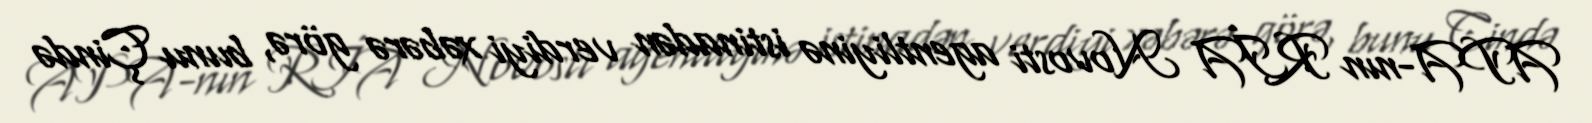
APA-nın RİA Novosti agentliyinə istinadən verdiyi xəbərə görə, bunu Çində